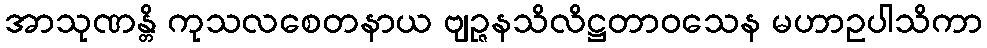
အာသုဏန္တိ ကုသလစေတနာယ ဗျဉ္ဇနသိလိဋ္ဌတာဝသေန မဟာဥပါသိကာ